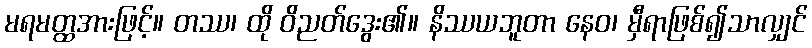
မရမတ္ထအားဖြင့်။ တဿ၊ ထို ဝိညတ်ဒွေး၏။ နိဿယဘူတာ နေဝ၊ မှီရာဖြစ်၍သာလျှင်